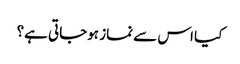
کیا اس سے نماز ہوجاتی ہے؟